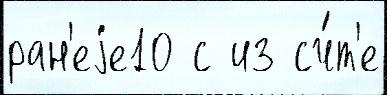
ран'еjе10 с из сч́т'е